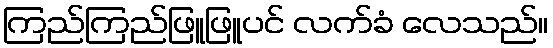
ကြည်ကြည်ဖြူဖြူပင် လက်ခံ လေသည်။